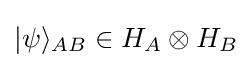
|\psi \rangle _{AB}\in H_{A}\otimes H_{B}